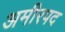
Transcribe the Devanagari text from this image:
अमीरपद